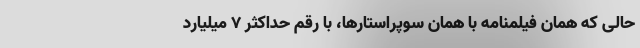
حالی که همان فیلمنامه با همان سوپراستارها، با رقم حداکثر ۷ میلیارد